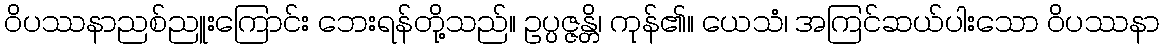
ဝိပဿနာညစ်ညူးကြောင်း ဘေးရန်တို့သည်။ ဥပ္ပဇ္ဇန္တိ၊ ကုန်၏။ ယေသံ၊ အကြင်ဆယ်ပါးသော ဝိပဿနာ